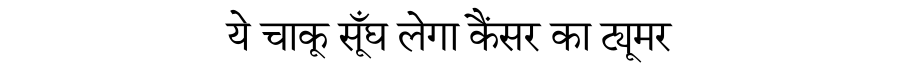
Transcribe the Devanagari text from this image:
ये चाकू सूँघ लेगा कैंसर का ट्यूमर